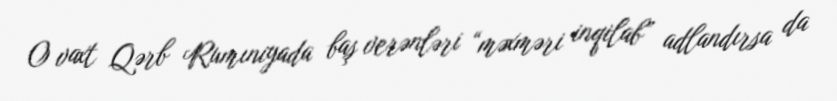
O vaxt Qərb Rumıniyada baş verənləri “məxməri inqilab” adlandırsa da